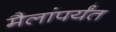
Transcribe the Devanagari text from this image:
मैलांपर्यंत